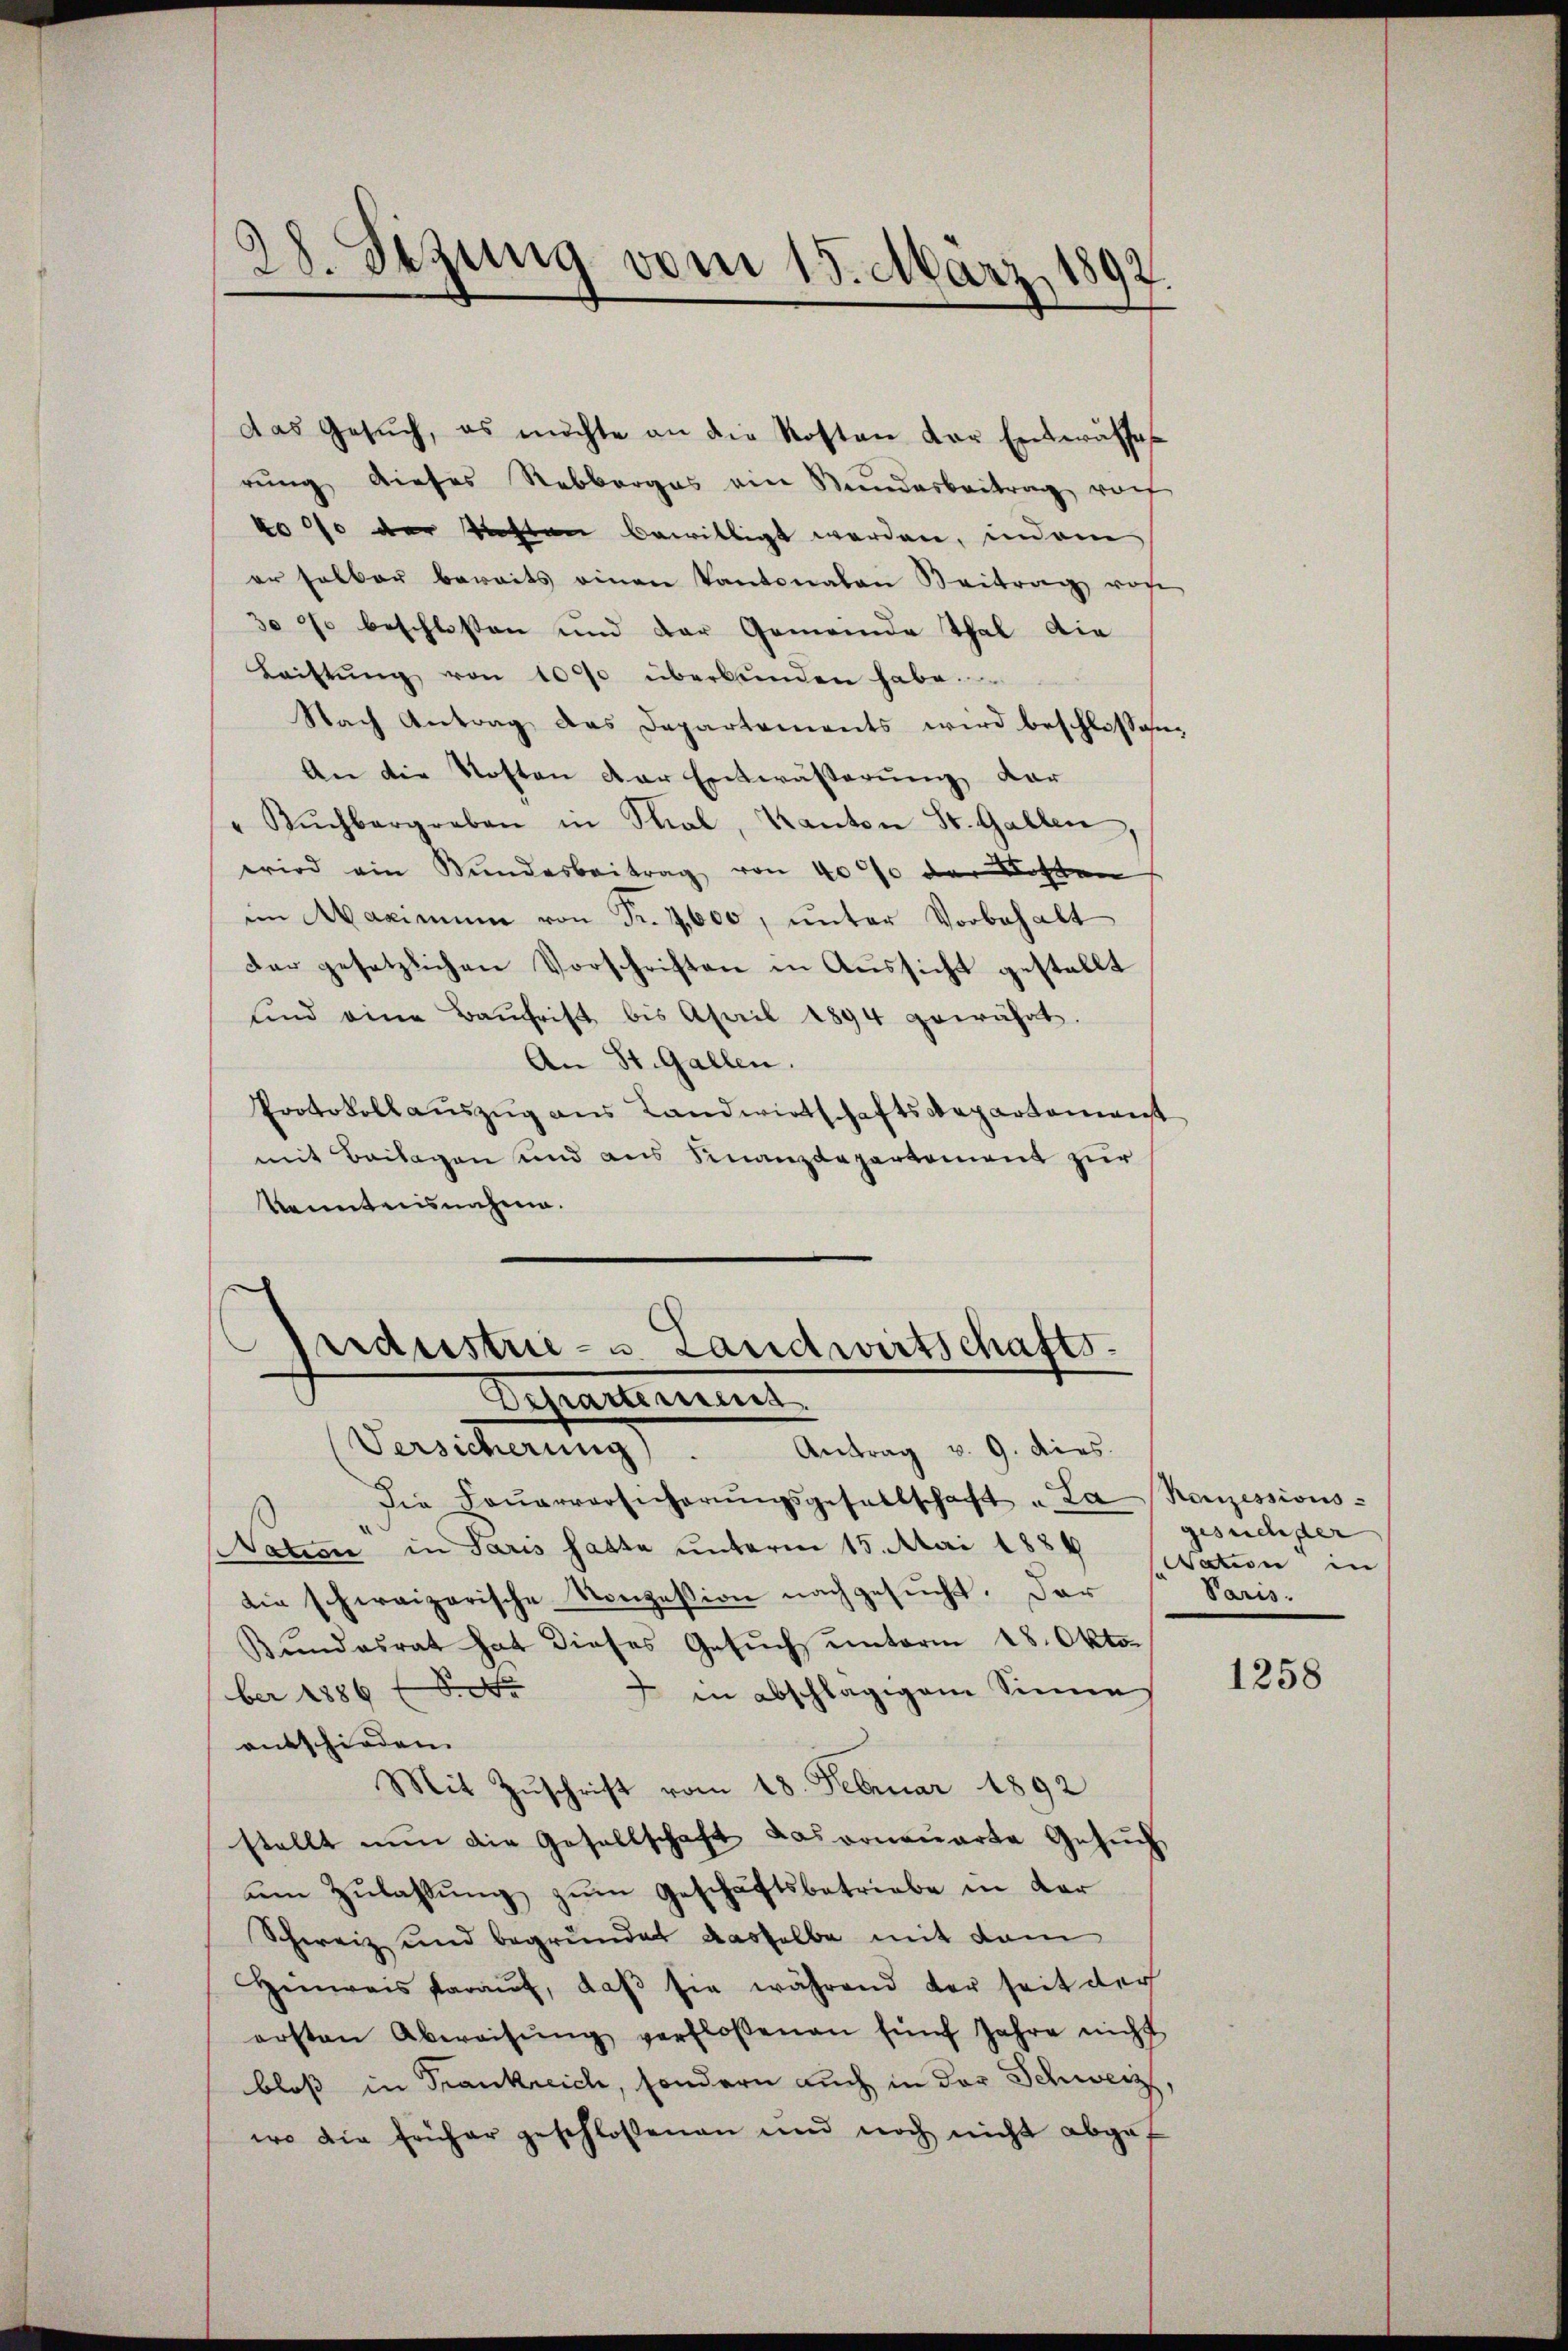
28. Sezung vom 15. März 1897.

das Gesŭch, es michte an die Kosten der Entwässe
rung dieses Rebberges ein Stundesbeitrag von
ko 110 der Richten bewilligt werden, indem
er selber bereits einen Kantonalen Beitrag von
30 90 beschlossen und der Gemeinde Thal die
Laiftŭng von 1000 überbŭnden habe.
Nach Antrag das Departements wird beschlossen,
An die Kosten der Entwässerung, dar
Kŭchbergraben in Thal, Kanton St. Gallen
wird ein Bundesbeitrag von 40% der Kosten
im Maximum von Fr. 4,600, unter Vorbehalt
der gesetzlichen Vorschriften in Aussicht gestellt
und eine Baŭfrist bis April 1894 gewährt.
An St. Gallen.
Protokollauszug aus Landwirtschaftsdepartement
mit Beilagen und aus Finanzdepartement zur
kanntensnahme.

perdustrie- u. Landwirtschafts-
Departement
Versicherung).
Antrag v. 9. dies

Die Feŭerversicherŭngsgesellschaft u. La Konzessions-
Nation in Paris hatte unterm 15. Mai 1884 Satin in
die schweizerische Konzession nachgesŭcht. Dar
Bundesrat hat dieses Gesuch unterm 18. Okto¬
 in abschlägigem Sinne
ber 1886 f.
entschieden.
Mit Zuschrift vom 18. Februar 1892
stellt nŭn die Gesellschaft das vonauerte Gesŭch
ŭm Zŭlassŭng zŭm Geschäftsbetriebe in dar
Schweiz und begründet dasselbe mit dem
Hinweis darauf, daß sie während der seit der
ersten Abweisŭng verfloßenen fünf Jahre nicht
bloß in Frankreich, sondern auch in der Schweiz
wo die früher geschlossenen und noch nicht abgef

gesuchster
Paris.

1258